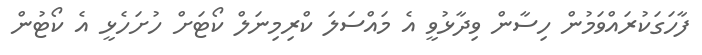
ފާހަގަކުރައްވަމުން ހިސާން ވިދާޅުވީ އެ މައްސަލަ ކްރިމިނަލް ކޯޓަށް ހުށަހެޅީ އެ ކޯޓުން